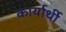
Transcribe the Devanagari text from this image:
कार्यार्थी